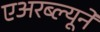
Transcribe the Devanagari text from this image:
एअरब्ल्यूने